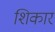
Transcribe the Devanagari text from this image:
शिकार